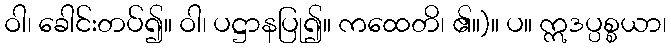
ဝါ၊ ခေါင်းတပ်၍။ ဝါ၊ ပဋ္ဌာနပြု၍။ ကထေတိ၊ ၏။)။ ပ။ ဣဒပ္ပစ္စယာ၊